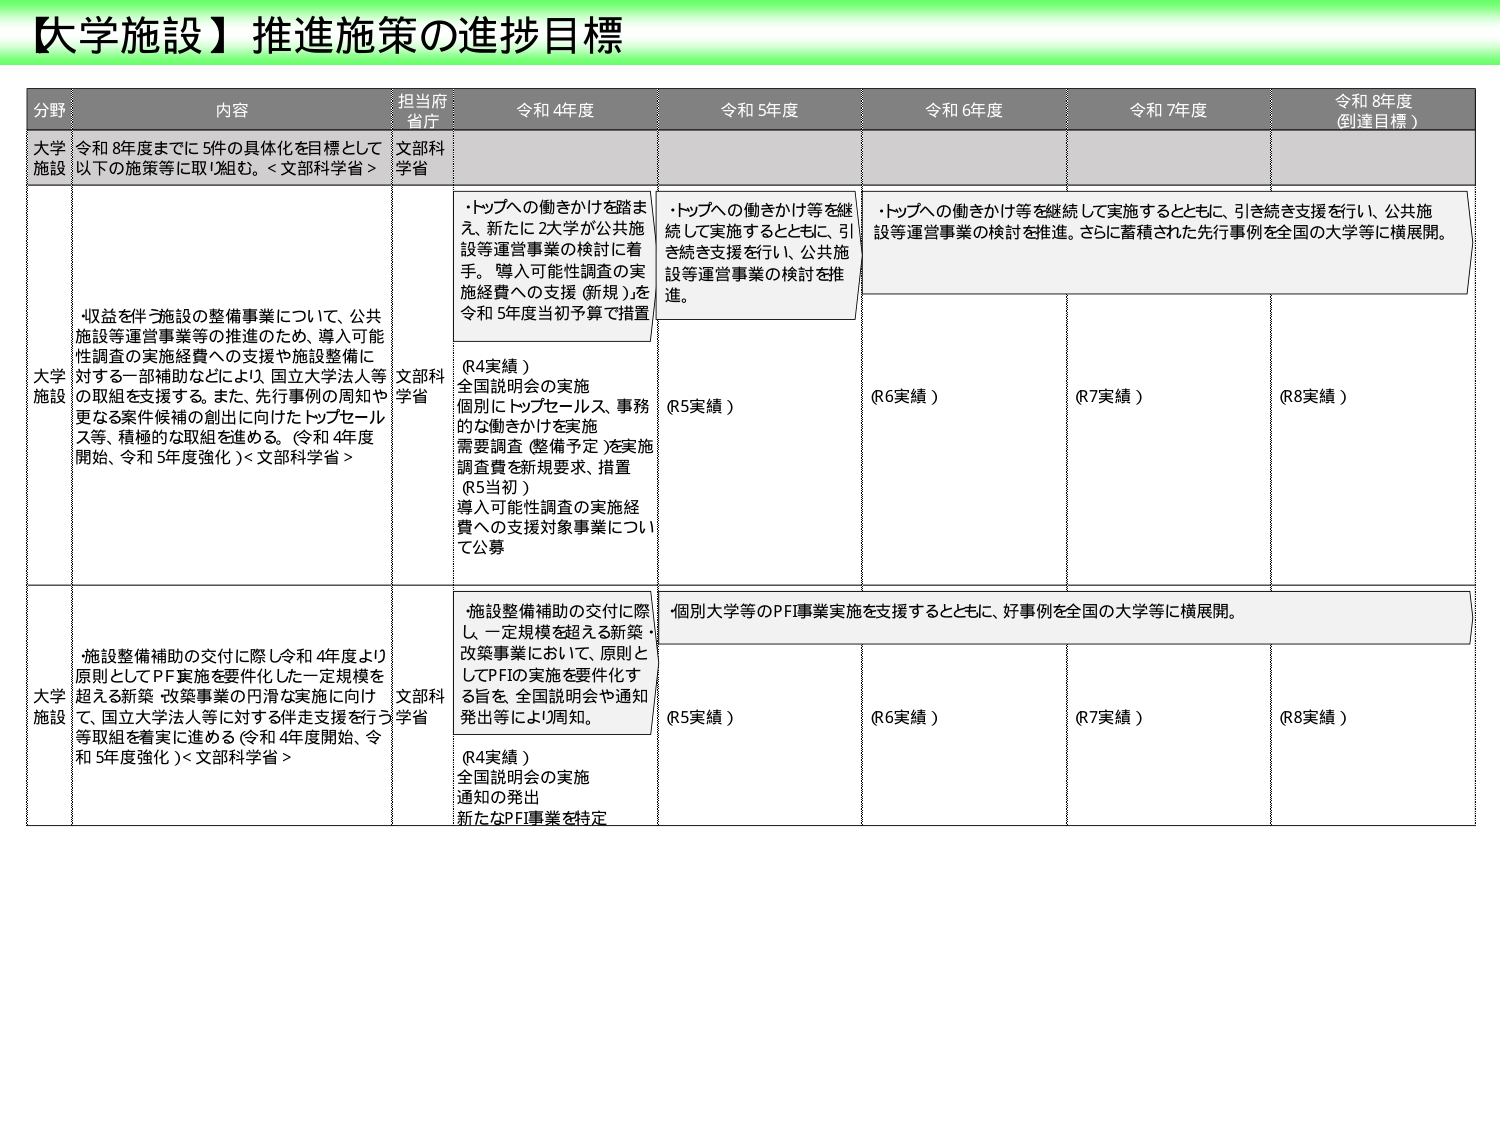
【大学施設】推進施策の進捗目標

分野 内容 担当府省庁 令和4年度 令和5年度 令和6年度 令和7年度 令和8年度（到達目標）

大学施設 令和8年度までに5件の具体化を目標として以下の施策等に取り組む。＜文部科学省＞ 文部科学省

大学施設 4收益を伴う施設の整備事業について、公共施設等運営事業等の推進のため、導入可能性調査の実施経費への支援や施設整備に対する一部補助などにより、国立大学法人等の取組を支援する。また、先行事例の周知や更なる案件候補の創出に向けたトップセールス等、積極的な取組を進める。（令和4年度開始、令和5年度強化）＜文部科学省＞ 文部科学省 ・トップへの働きかけを踏まえ、新たに2大学が公共施設等運営事業の検討に着手。導入可能性調査の実施経費への支援（新規）を令和5年度当初予算で措置 （R4実績） 全国説明会の実施 個別にトップセールス、事務的な働きかけを実施 需要調査（整備予定）を実施 調査費を新規要求、措置 （R5当初） 導入可能性調査の実施経費への支援対象事業について公募 ・トップへの働きかけ等を継続して実施するとともに、引き続き支援を行い、公共施設等運営事業の検討を推進。さらに蓄積された先行事例を全国の大学等に横展開。 （R5実績） （R6実績） （R7実績） （R8実績）

大学施設 施設整備補助の交付に際し、令和4年度より原則としてPF実施を要件化した一定規模を超える新築・改築事業の円滑な実施に向け、国立大学法人等に対する伴走支援を行う等取組を着実に進める（令和4年度開始、令和5年度強化）＜文部科学省＞ 文部科学省 ・施設整備補助の交付に際し、一定規模を超える新築・改築事業において、原則としてPFIの実施を要件化する旨を、全国説明会や通知発出等により周知。 （R4実績） 全国説明会の実施 通知の発出 新たなPFI事業を特定 ・個別大学等のPFI事業実施を支援するとともに、好事例を全国の大学等に横展開。 （R5実績） （R6実績） （R7実績） （R8実績）